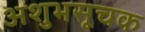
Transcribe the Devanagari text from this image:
अशुभसूचक